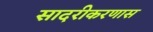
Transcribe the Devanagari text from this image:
सादरीकरणास